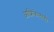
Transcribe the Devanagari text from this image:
आफ्रिकेलाही